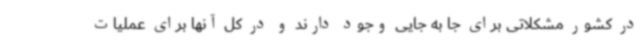
در کشور مشکلاتی برای جا به جایی وجود دارند و در کل آنها برای عملیات